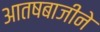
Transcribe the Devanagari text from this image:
आतषबाजीने